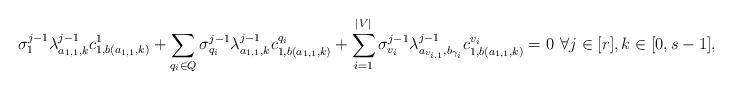
LaTeX: \begin{align*} \sigma_{1}^{j - 1} \lambda_{a_{1, 1}, k}^{j - 1} c^{1}_{1, b(a_{1, 1}, k)} + \sum_{q_{i} \in Q} \sigma_{q_i}^{j - 1} \lambda_{a_{1, 1}, k}^{j - 1} c^{q_i}_{1, b(a_{1, 1}, k)} + \sum_{i = 1}^{|V|} \sigma_{v_i}^{j - 1} \lambda_{a_{v_{i, 1}}, b_{\gamma_{i}}}^{j - 1} c^{v_i}_{1, b(a_{1, 1}, k)} = 0 \textbf{\space} \forall j \in [r], k \in [0, s - 1], \end{align*}